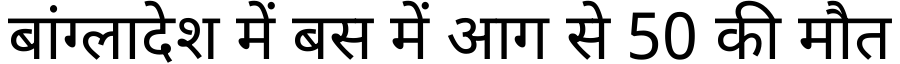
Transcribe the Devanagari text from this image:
बांग्लादेश में बस में आग से 50 की मौत